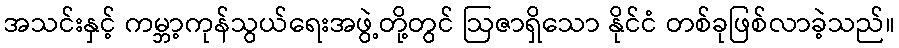
အသင်းနှင့် ကမ္ဘာ့ကုန်သွယ်ရေးအဖွဲ့တို့တွင် ဩဇာရှိသော နိုင်ငံ တစ်ခုဖြစ်လာခဲ့သည်။